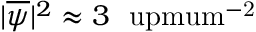
| \overline { { \psi } } | ^ { 2 } \approx 3 ~ \mathrm { \ u p m u m ^ { - 2 } }